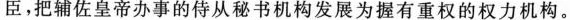
臣，把辅佐皇帝办事的侍从秘书机构发展为握有重权的权力机构。